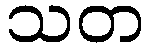
သတ